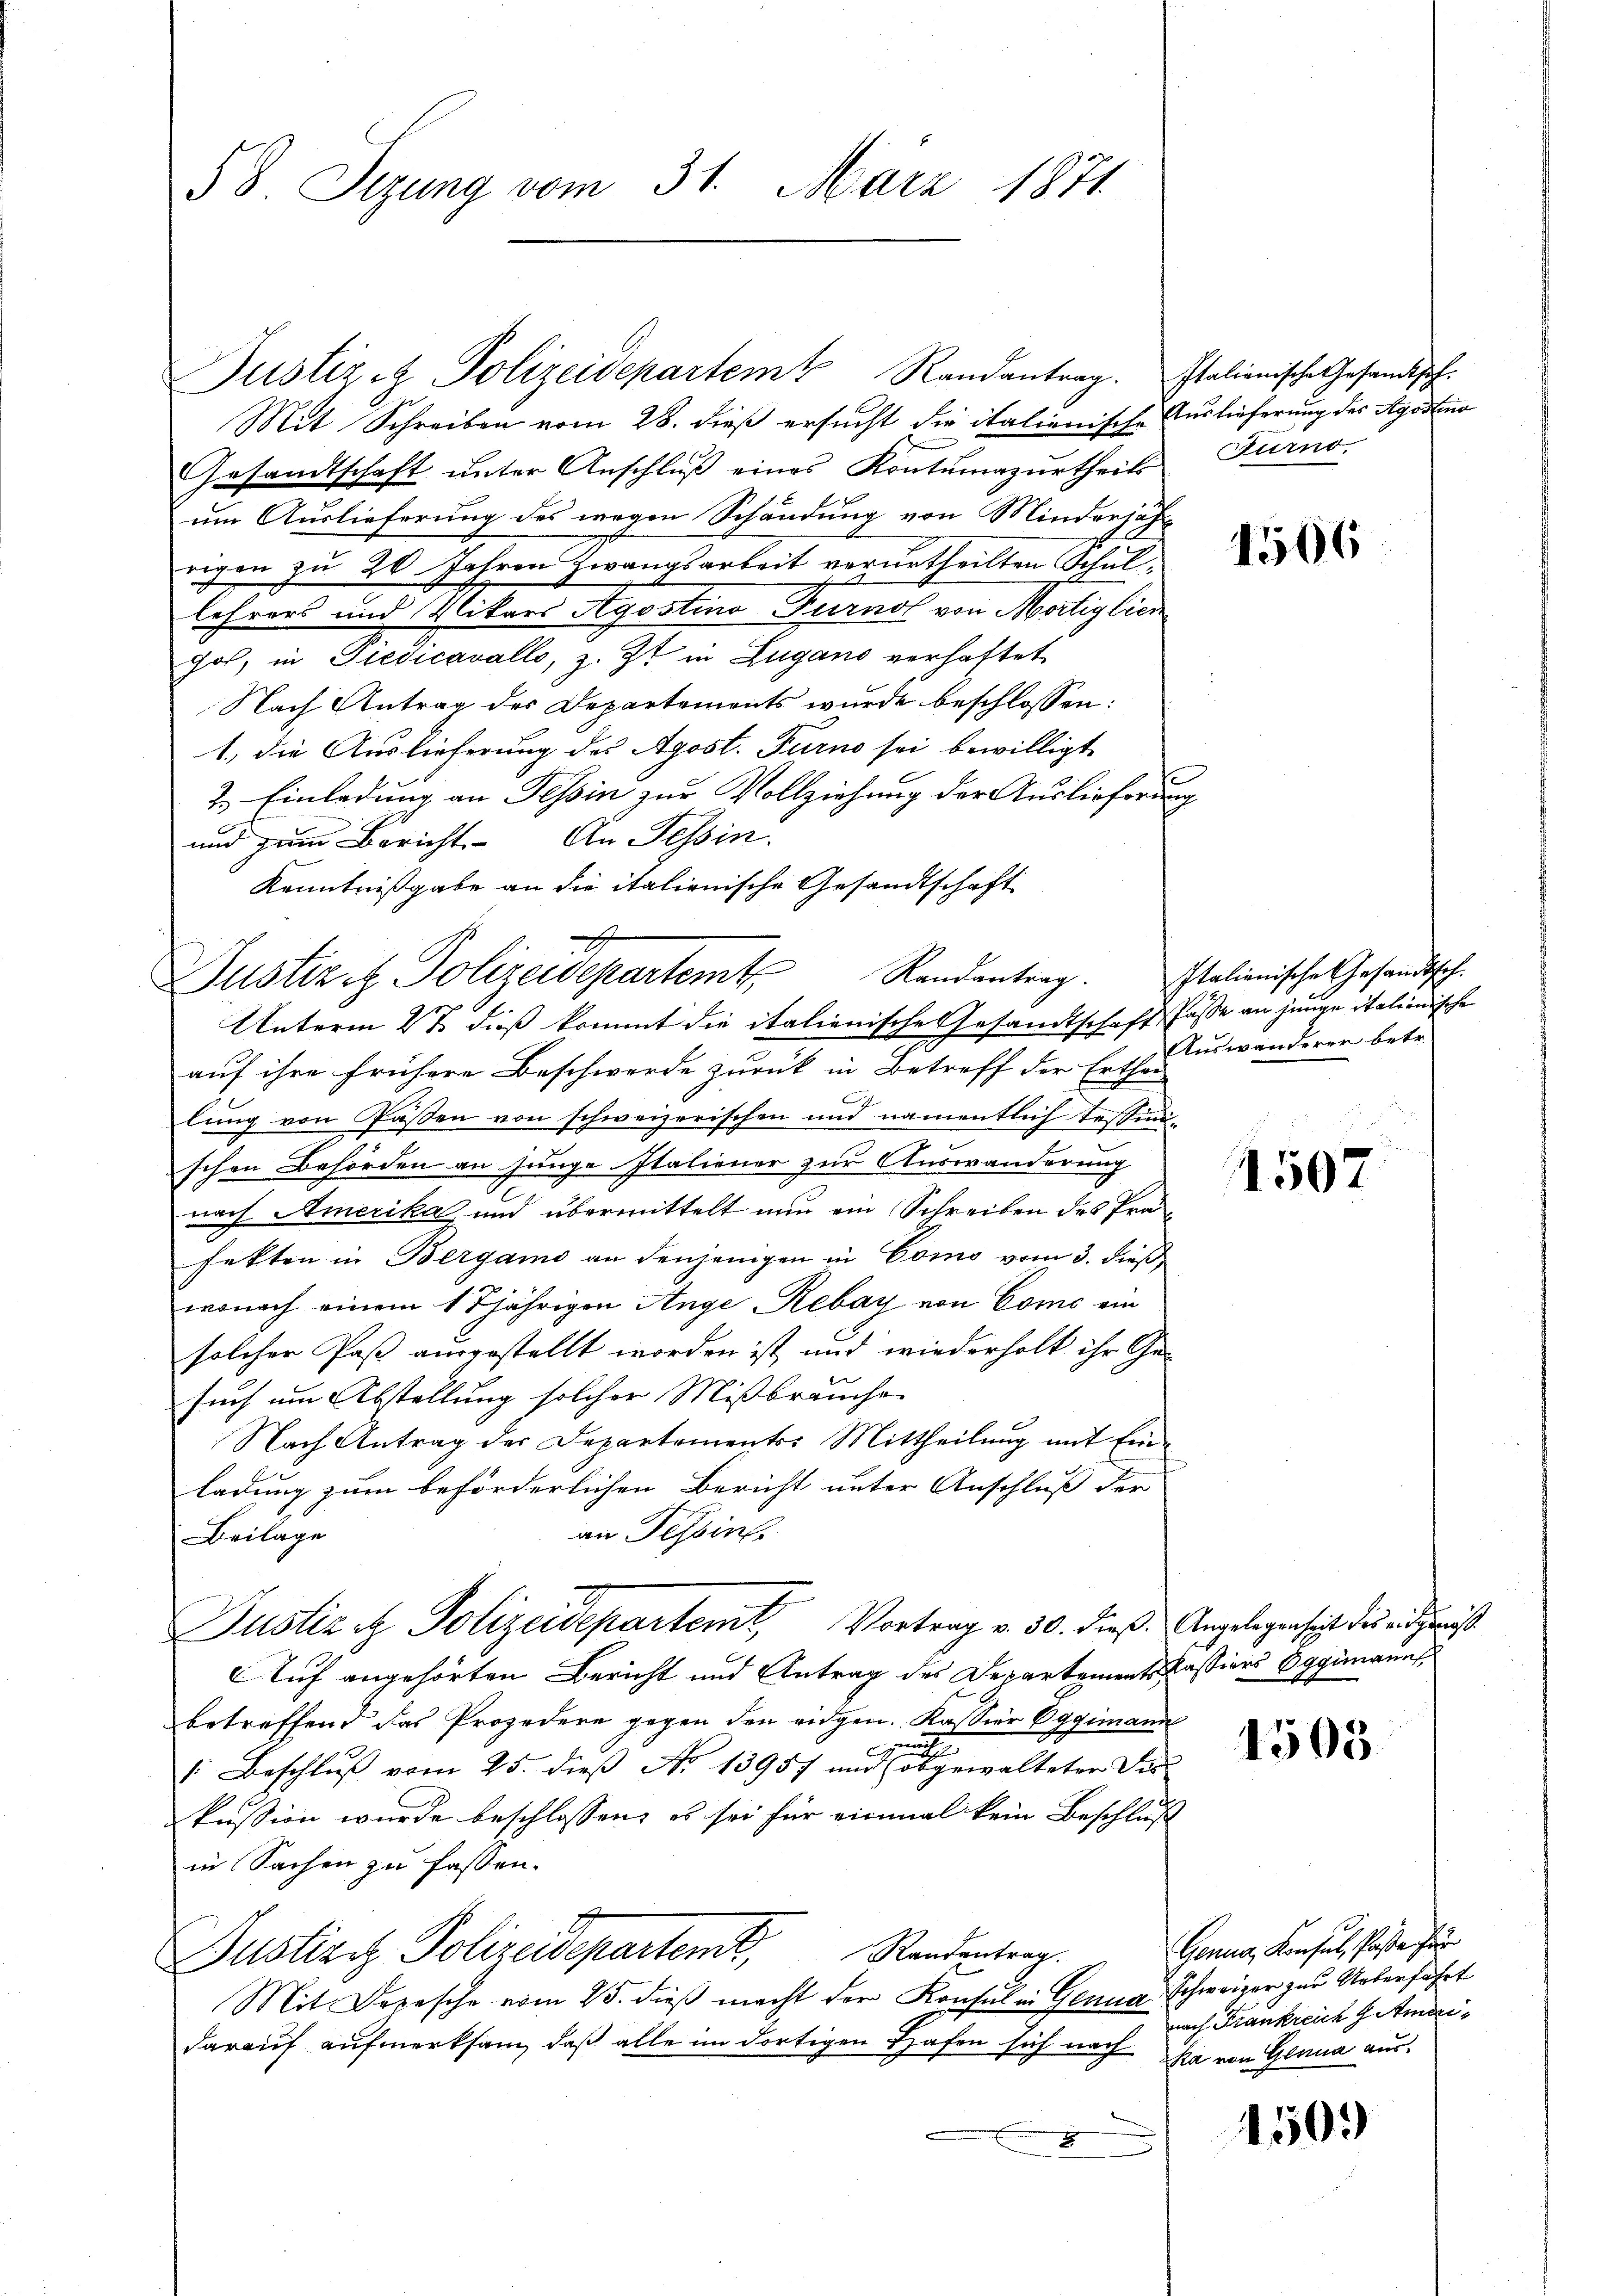
58. Sizung vom 31. März 1871

Mit Schreiben vom 28. dieß ersucht die italienische Auslieferung des Agostens
Gesandtschaft ŭnter Anschlŭβ eines Kontŭmazŭrtheils Turno-
um Auslieferung des wegen Schändung von Minderjähr
rigen zu 20 Jahren Zwangsarbeit verurtheilten Schullehrers und Vikars Agostina Turnot von Mortig lien
hos, in Gedicavalle, z. Zt. in Zugano verhaftet
Nach Antrag des Departements wurde beschlossen:
1., die Auslieferung des Apost. Turno sei bewilligt
2. Einladung an Tessin zur Vollziehung der Auslieferung
und zum Bericht An Tessin.
Kenntnißgabe an die italienische Gesandtschaft
Unterm 2t dieß kommt die italienische Gesandtschaft fasse an junge italienische
auf ihre frühere Beschwerde zurück in Betreff der Erthei
lung von Passen von schweizerischen und namentlich Tessini-
schen Behörden an junge Italiener zur Auswanderung
nach Amerika und übermittelt nun ein Schreiben des Präfekten in Bergamo an denjenigen in Como vom 3. dieß,
wonach einem 17jährigen Ange Rebay von Como ein
solcher Paß ausgestellt worden ist, und wiederholt ihr Gesuch um Abstellung solcher Mißbräuche
Nach Antrag der Departements: Mittheilung mit Einladung zum beförderlichen Bericht unter Anschluß der
an Tessins
Beilage
Justiz et Polizeidepartem Vortrag v. 30. dieß. Angelegensist dies angewiß
Auf angehörten Bericht und Antrag des Departements Kassiers Oggüngung
betreffend das Prozedere gegen den eidgen. Kassier Eggimann
1: Beschluß vom 25. dieß No 13957 und ihrer gewalteter Verkussion wurde beschlossen, es sei für einmal kein Beschluß
in Sachen zu fassen.
Randantrag.
Justiziz Polizeideparten,
Mit Depesche vom 25. dieβ macht der Konsul in Genua Schweizer zur Unterfahrt
darauf aufmerksam, daß alle im dortigen Hafen sich nach ja von Glana ausx

A
Justiz & Polizeidepartemt Randantrag. Italienische Gesandtsch.

Justiz & Polizeidepartem Randantrag. Italionische Gesandtsch¬

u

1506

Auswanderer betr.

1507

1503

Genua, Konsul, Paße für
nach Frankreich Gitmei¬

1509